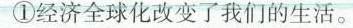
①经济全球化改变了我们的生活。